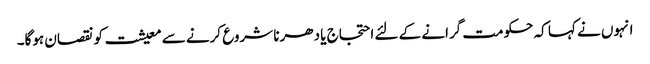
انہوں نے کہا کہ حکومت گرانے کے لئے احتجاج یا دھرنا شروع کرنے سے معیشت کو نقصان ہوگا۔